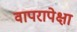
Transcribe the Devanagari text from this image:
वापरापेक्षा